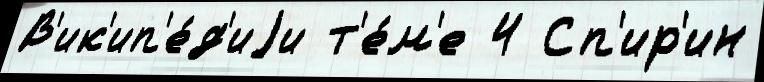
В'ик'ип'е́д'иjи т'е́м'е 4 Сп'ир'ин